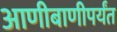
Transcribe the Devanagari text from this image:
आणीबाणीपर्यंत